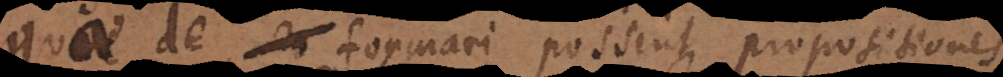
quae formari possint propositione